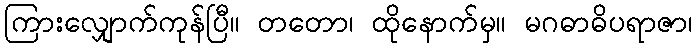
ကြားလျှောက်ကုန်ပြီ။ တတော၊ ထိုနောက်မှ။ မဂဓာဓိပရာဇာ၊